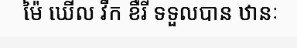
ម៉ៃ ឃើល វីក ខឺរី ទទួលបាន ឋានៈ